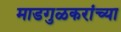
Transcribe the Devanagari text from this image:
माडगुळकरांच्या